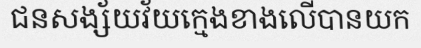
ជនសង្ស័យវ័យក្មេងខាងលើបានយក